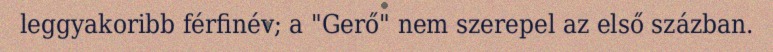
leggyakoribb férfinév; a "Gerő" nem szerepel az első százban.